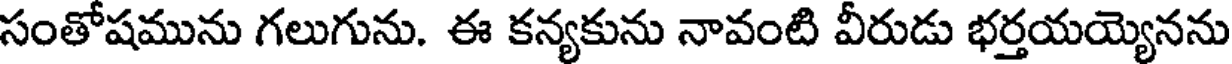
సంతోషమును గలుగును. ఈ కన్యకును నావంటి వీరుడు భర్తయయ్యెనను